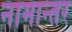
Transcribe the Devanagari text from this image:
नामान्तर